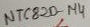
Text: NTC820-µ4